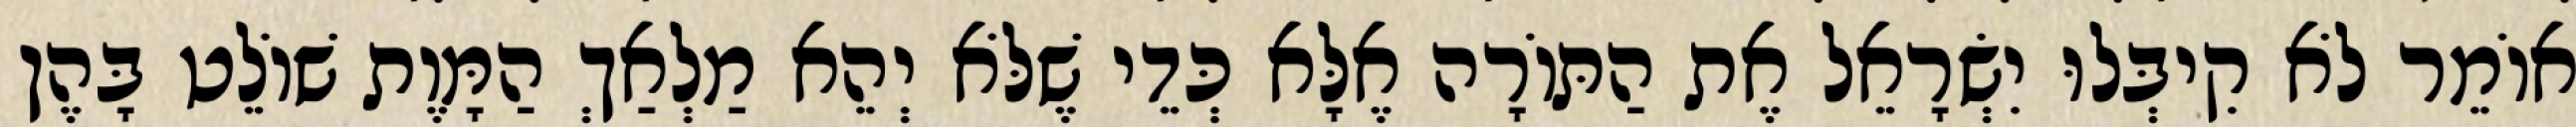
אוֹמֵר לֹא קִיבְּלוּ יִשְׂרָאֵל אֶת הַתּוֹרָה אֶלָּא כְּדֵי שֶׁלֹּא יְהֵא מַלְאַךְ הַמָּוֶת שׁוֹלֵט בָּהֶן